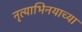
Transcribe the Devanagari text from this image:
नृत्याभिनयाच्या